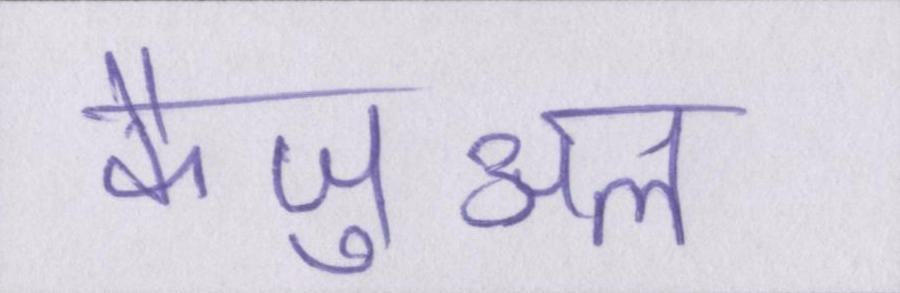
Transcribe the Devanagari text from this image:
कैज़ुअल